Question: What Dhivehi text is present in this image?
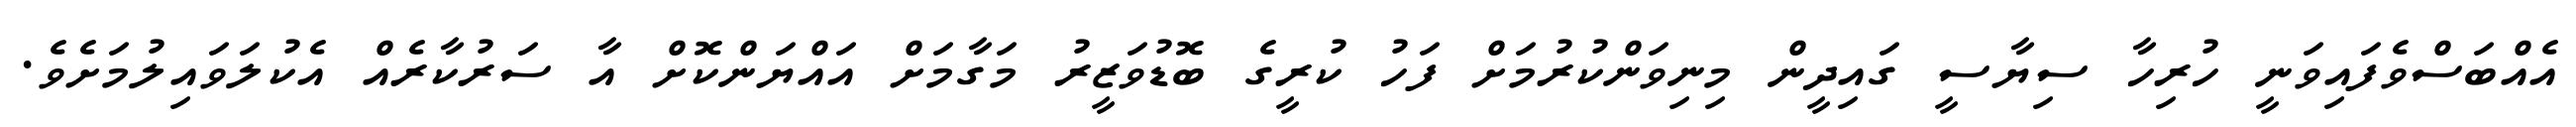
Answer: އެއްބަސްވެފައިވަނީ ހުރިހާ ސިޔާސީ ގައިދީން މިނިވަންކުރުމަށް ފަހު ކުރީގެ ބޮޑުވަޒީރު މަގާމަށް އައްޔަންކޮށް އާ ސަރުކާރެއް އެކުލަވައިލުމަށެވެ.